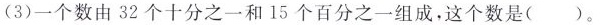
(3)一个数由 32 个十分之一和 15 个百分之一组成，这个数是( )。